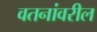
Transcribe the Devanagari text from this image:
वतनांवरील